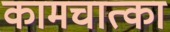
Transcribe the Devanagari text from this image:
कामचात्का